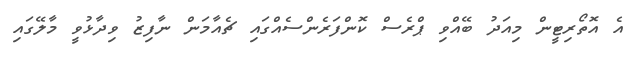
އެ އޮތޯރިޓީން މިއަދު ބޭއްވި ޕްރެސް ކޮންފަރެންސެއްގައި ޗެއާމަން ނާފިޒު ވިދާޅުވީ މާލޭގައި